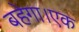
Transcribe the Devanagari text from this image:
बहेगा।एक